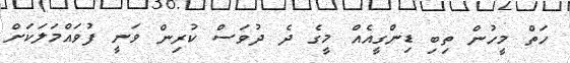
ހަތް މީހުން ތިބި ޑިންގީއެއް މީގެ ދެ ދުވަސް ކުރިން ވަނީ ފުވައްމަލަކަށް